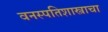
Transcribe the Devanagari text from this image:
वनस्पतिशास्त्राचा